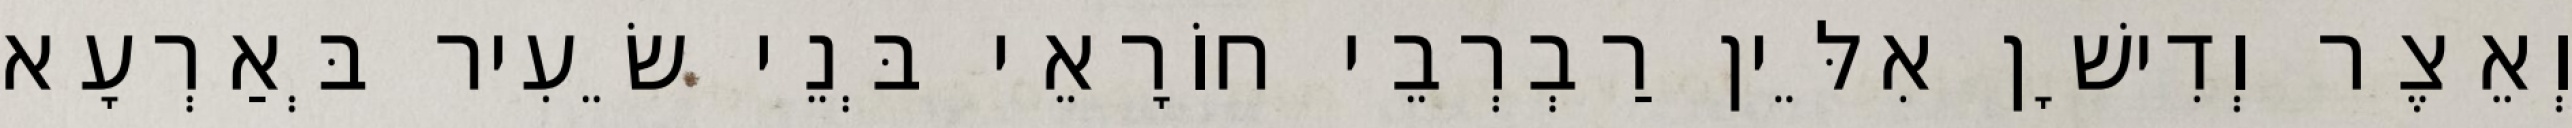
וְאֵצֶר וְדִישָׁן אִלֵּין רַבְרְבֵי חוֹרָאֵי בְּנֵי שֵׂעִיר בְּאַרְעָא